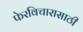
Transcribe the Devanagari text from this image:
फेरविचारासाठी